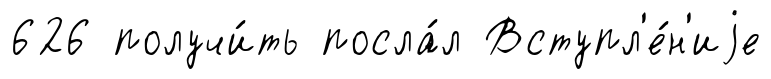
626 получи́ть посла́л Вступл'е́н'иjе